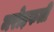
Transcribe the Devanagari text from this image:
मरोड़फली